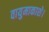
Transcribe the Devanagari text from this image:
वायुमाकाशे।